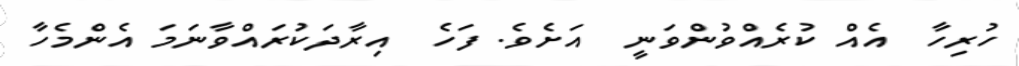
ހުރިހާ  އެއް ކުރެއްވުންވަނީ  އަށެވެ. ފަހެ  އިރާދަކުރައްވާނަމަ އެންމެހާ